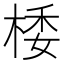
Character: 㮃